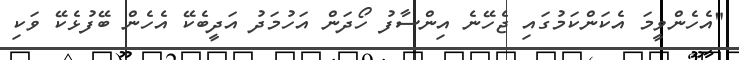
"އެހެންވީމަ އެކަންކަމުގައި ޖެހޭނެ އިންސާފު ހޯދަން އަހުމަދު އަދީބެކޭ އެހެން ބޭފުޅެކޭ ވަކި